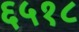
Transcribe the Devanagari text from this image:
६५१८